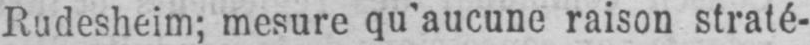
Rudesheim; mesure qu’aucune raison straté-